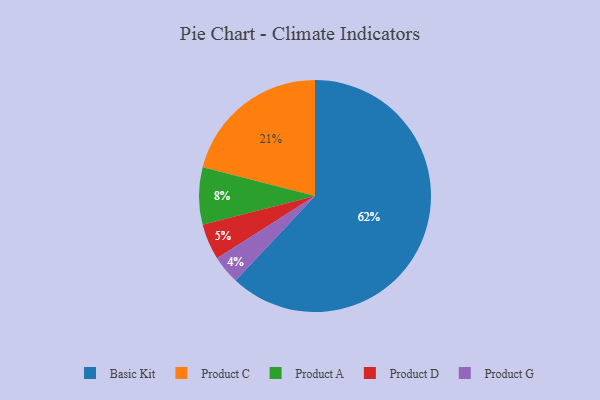
{"axis": {"x": "Category", "y": "Percentage"}, "legend": ["Basic Kit", "Product A", "Product C", "Product D", "Product G"], "data": [{"x": "Product G", "y": 4, "type": "Product G"}, {"x": "Product A", "y": 8, "type": "Product A"}, {"x": "Basic Kit", "y": 62, "type": "Basic Kit"}, {"x": "Product C", "y": 21, "type": "Product C"}, {"x": "Product D", "y": 5, "type": "Product D"}]}